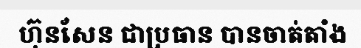
ហ៊ុនសែន ជាប្រធាន បានចាត់តាំង